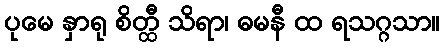
ပုမေ နှာရု စိတ္ထီ သိရာ၊ ဓမနီ ထ ရသဂ္ဂသာ။